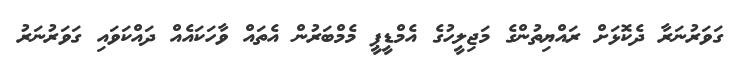
ގަވަރުނަރާ ދެކޮޅަށް ރައްޔިތުންގެ މަޖިލީހުގެ އެމްޑީޕީ މެމްބަރުން އެތައް ވާހަކައެއް ދައްކަވައި ގަވަރުނަރު